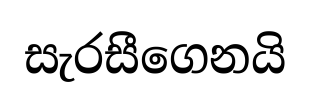
සැරසීගෙනයි